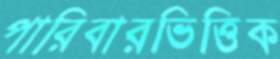
পারিবারভিত্তিক